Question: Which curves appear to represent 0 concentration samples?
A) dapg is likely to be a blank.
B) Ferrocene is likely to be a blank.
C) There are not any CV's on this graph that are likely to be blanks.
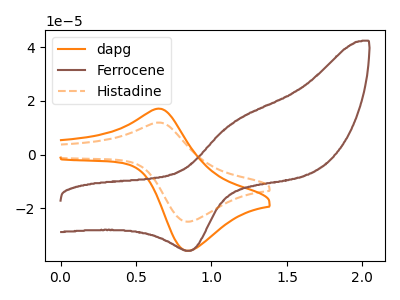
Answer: <think>The orange curve "dapg" has an anodic peak at (0.65V, 17.10uA) and a cathodic peak at (0.85V, -35.80uA). The brown curve "Ferrocene" has an anodic peak at (1.15V, 12.10uA) and a cathodic peak at (0.85V, -35.80uA). The orange dashed curve "Histadine" has an anodic peak at (0.65V, 11.95uA) and a cathodic peak at (0.85V, -24.95uA).</think>
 <answer>C) There are not any CV's on this graph that are likely to be blanks.</answer>
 <eval>C</eval>